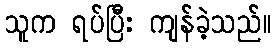
သူက ရပ်ပြီး ကျန်ခဲ့သည်။